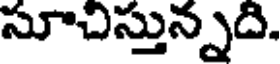
సూచిస్తున్నది.